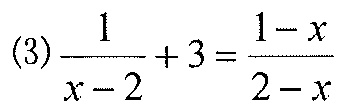
(3)\(\frac{1}{x - 2}+3=\frac{1 - x}{2 - x}\)